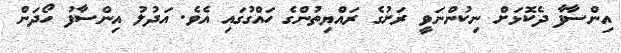
އިންސާފާ ދެކޮޅަށް ނިކުންނަވީ ރަށުގެ ރައްޔިތުންގެ ހައްގުގައި އެވެ. އަދުލު އިންސާފު ހޯދަން